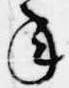
年